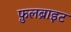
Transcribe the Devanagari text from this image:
फ़ुलब्राइट